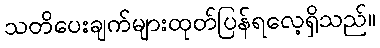
သတိပေးချက်များထုတ်ပြန်ရလေ့ရှိသည်။